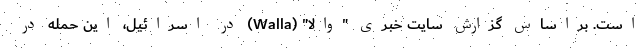
است. براساس گزارش سایت خبری "والا" (Walla) در اسرائیل، این حمله در